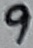
Text: 9